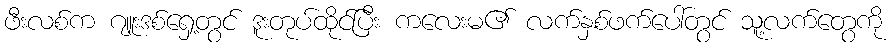
ဖီးလစ်က ဂျူးဒစ်ရှေ့တွင် ဒူးတုပ်ထိုင်ပြီး ကလေးမ၏ လက်နှစ်ဖက်ပေါ်တွင် သူ့လက်တွေကို